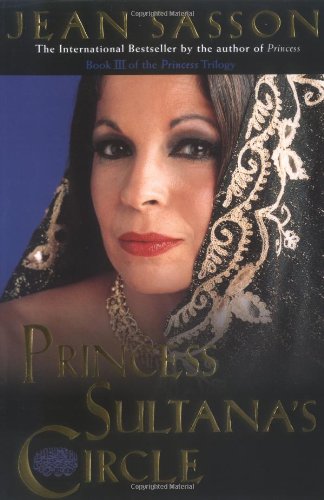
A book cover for Princess Sultana's Circle (Princess Trilogy); Jean Sasson; Biographies & Memoirs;